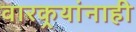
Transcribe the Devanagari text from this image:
वारकर्‍यांनाही